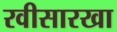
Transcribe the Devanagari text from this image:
रवीसारखा